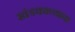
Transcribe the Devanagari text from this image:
खंडकाव्याचा